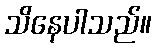
သိနေပါသည်။